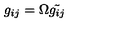
g _ { i j } = \Omega \tilde { g _ { i j } }